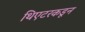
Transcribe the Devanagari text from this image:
थिएटरकडून